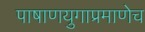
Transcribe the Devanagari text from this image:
पाषाणयुगाप्रमाणेच